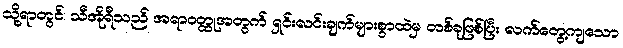
သို့ရာတွင်၊ သီအိုရီသည် အရာဝတ္ထုအတွက် ရှင်းလင်းချက်များစွာထဲမှ တစ်ခုဖြစ်ပြီး လက်တွေ့ကျသော